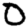
Digit: 0